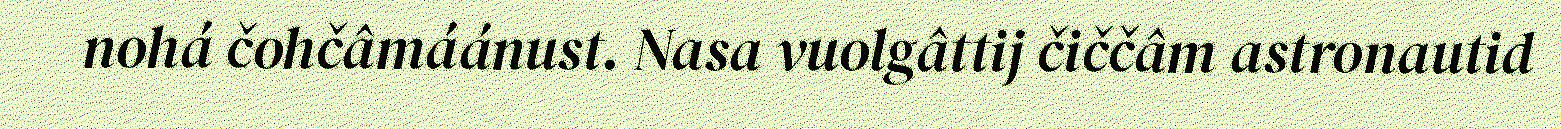
nohá čohčâmáánust. Nasa vuolgâttij čiččâm astronautid